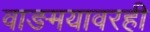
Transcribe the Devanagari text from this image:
वाङमयावरही